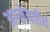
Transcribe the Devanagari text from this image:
आग्नेयतीर्थ